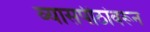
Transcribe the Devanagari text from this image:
व्यासपीठांवरून